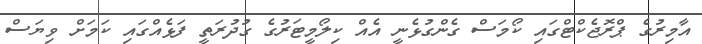
އާމިރުގެ ޕްރޮޖެކްޓްގައި ކޯމަސް ގެންގުޅެނީ އެއް ކިލޯމީޓަރުގެ ގުދުރަތީ ފަޅެއްގައި ކަމަށް ވިޔަސް